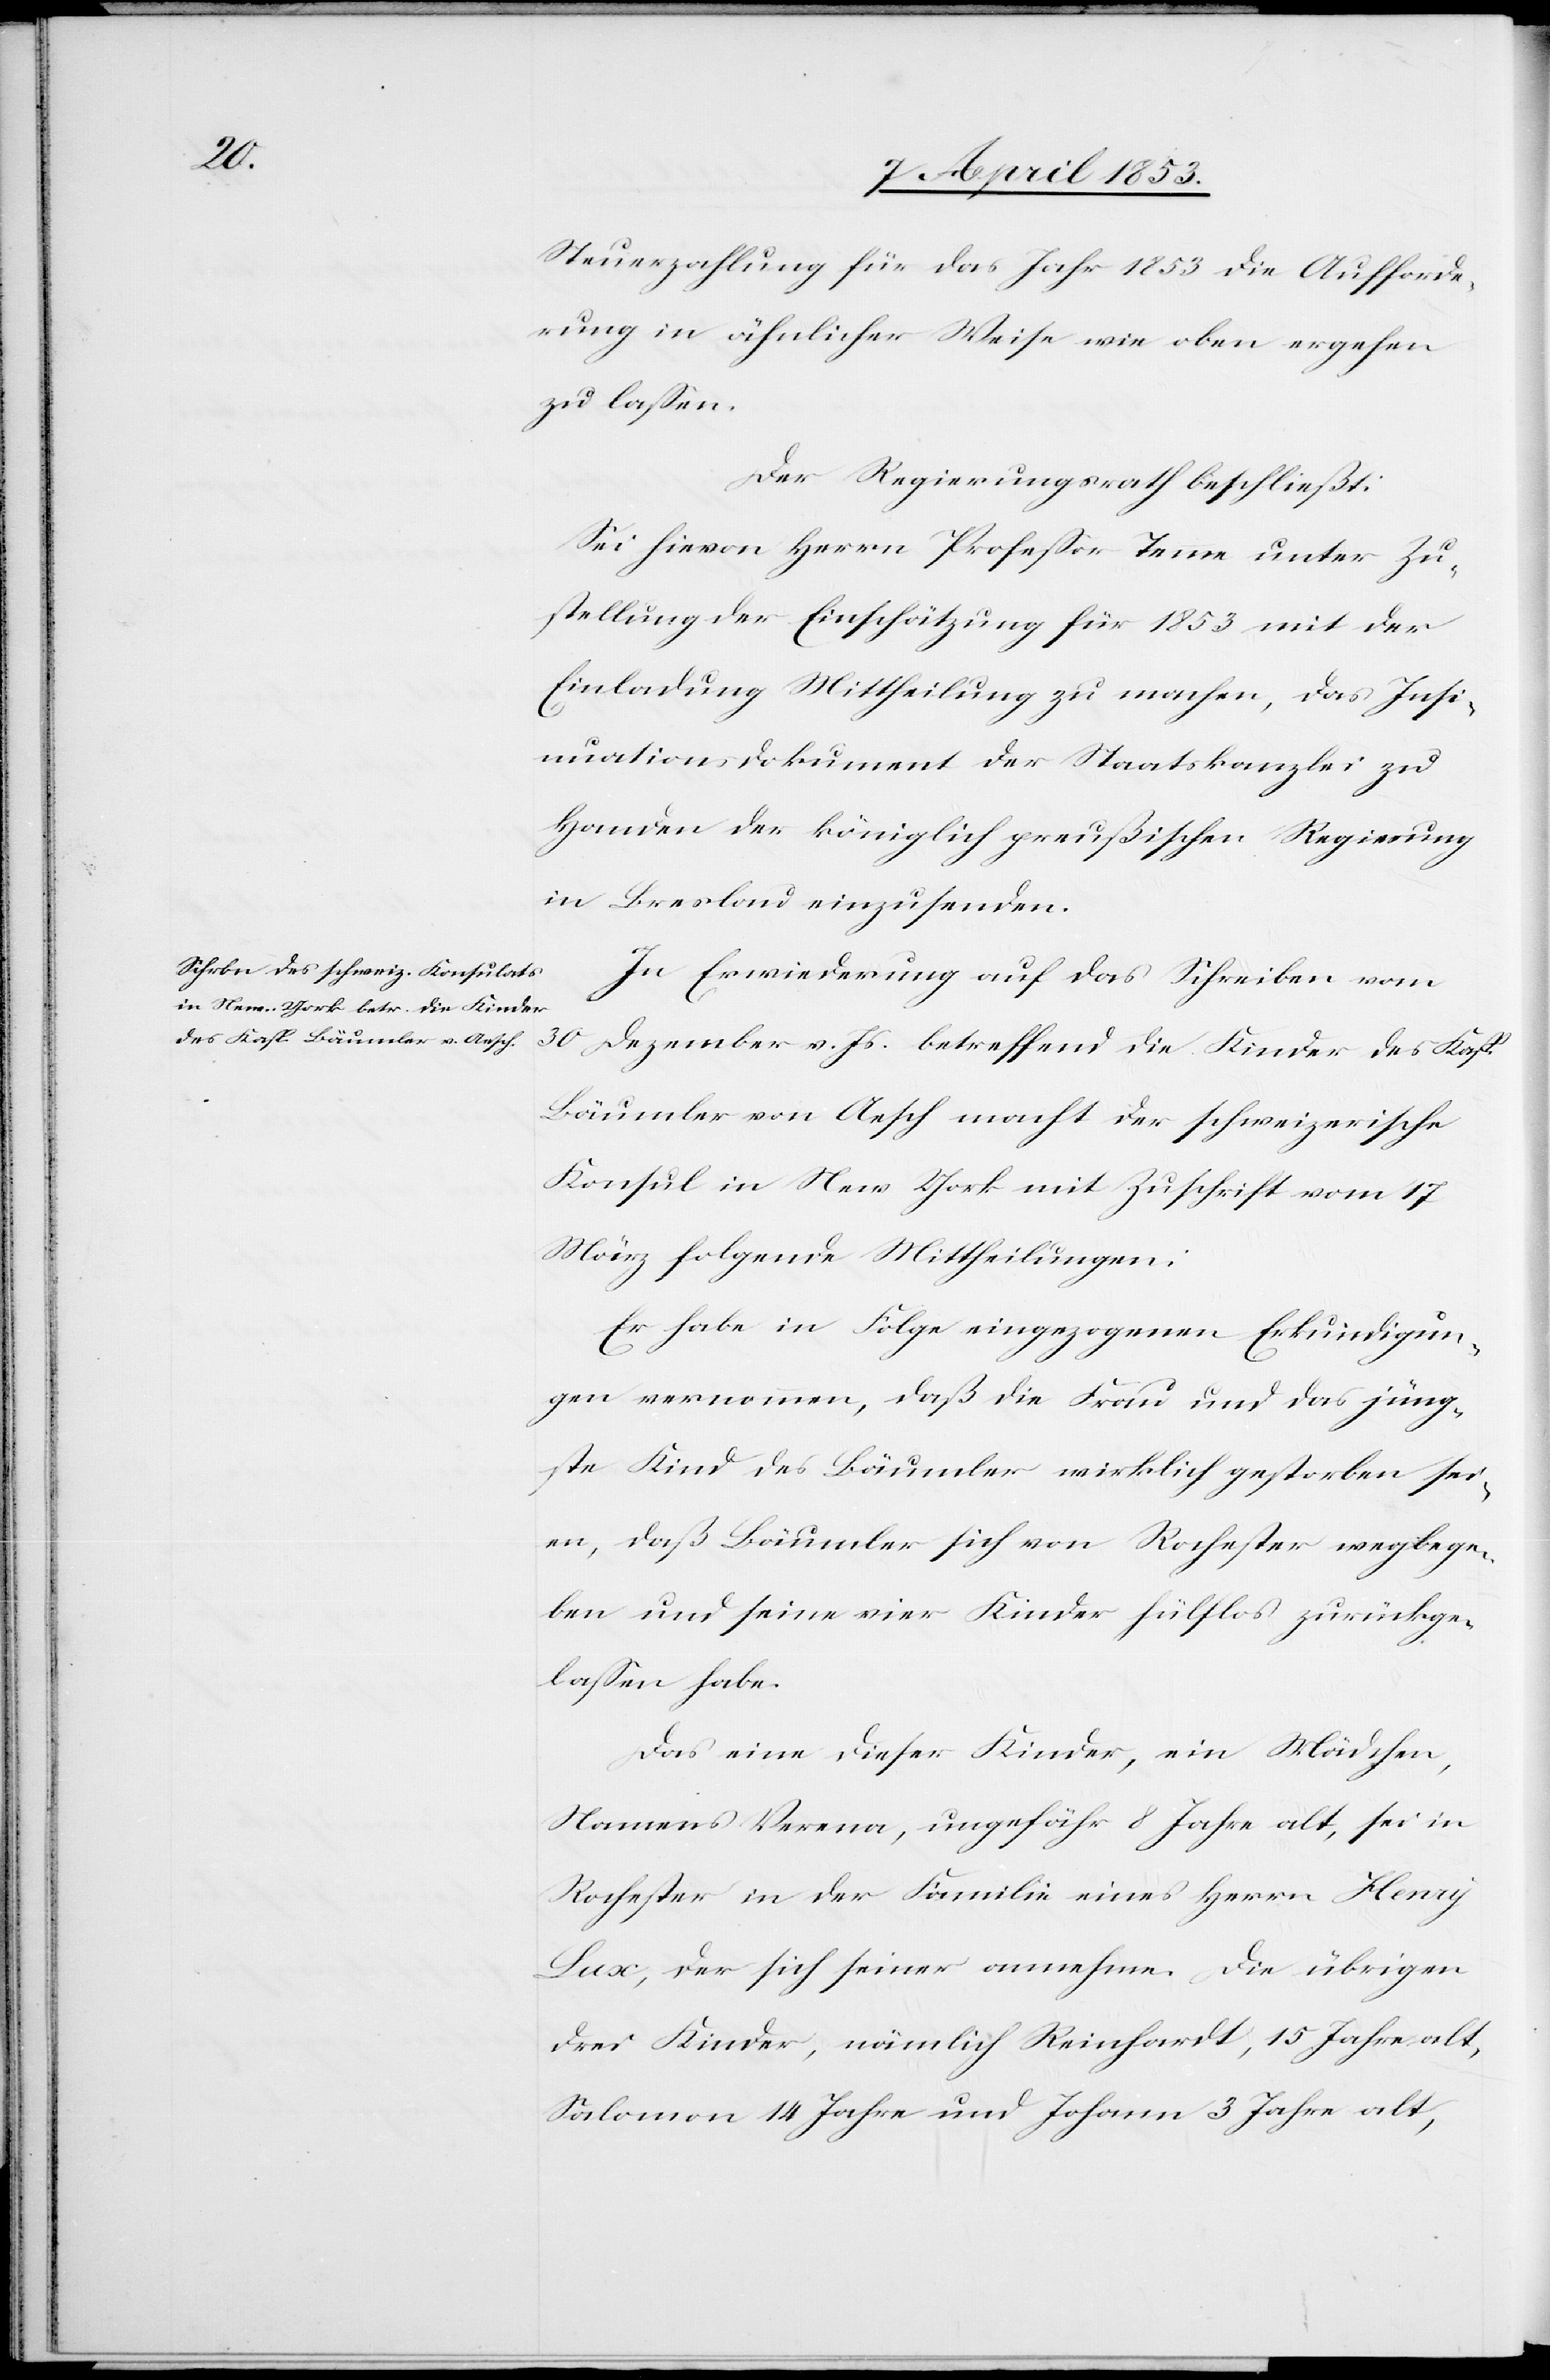
Steuerzahlung für das Jahr 1853 die Aufforde¬
rung in ähnlicher Weise wie oben ergehen
zu laßen.
Der Regierungsrath beschließt:
Sei hievon Herrn Professor Teme [sic!] unter Zu¬
stellung der Einschätzung für 1853 mit der
Einladung Mittheilung zu machen, das Insi¬
nuationsdokument der Staatskanzlei zu
Handen der königlich preußischen Regierung
in Sarsland einzusenden.
In Erwiederung auf das Schreiben vom
30 Dezember v. Js. betreffend die Kinder des Kasp.
Bäumler von Aesch macht der schweizerische
Konsul in New-York mit Zuschrift vom 17
März folgende Mittheilungen:
Er habe in Folge eingezogener Erkundigun¬
gen vernommen, daß die Frau und das jüng¬
ste Kind des Bäumler wirklich gestorben sei¬
en, daß Bäumler sich von Rochester wegbege¬
ben und seine vier Kinder hülflos zurückge¬
laßen habe.
Das eine dieser Kinder, ein Mädchen,
Namens Verena, ungefähr 8 Jahre alt, sei in
Rochester in der Familie eines Herrn Henry
Lux, der sich seiner annehme. Die übrigen
drei Kinder, nämlich Reinhardt, 15 Jahre alt,
Salomon 14 Jahre und Johann 3 Jahre alt,